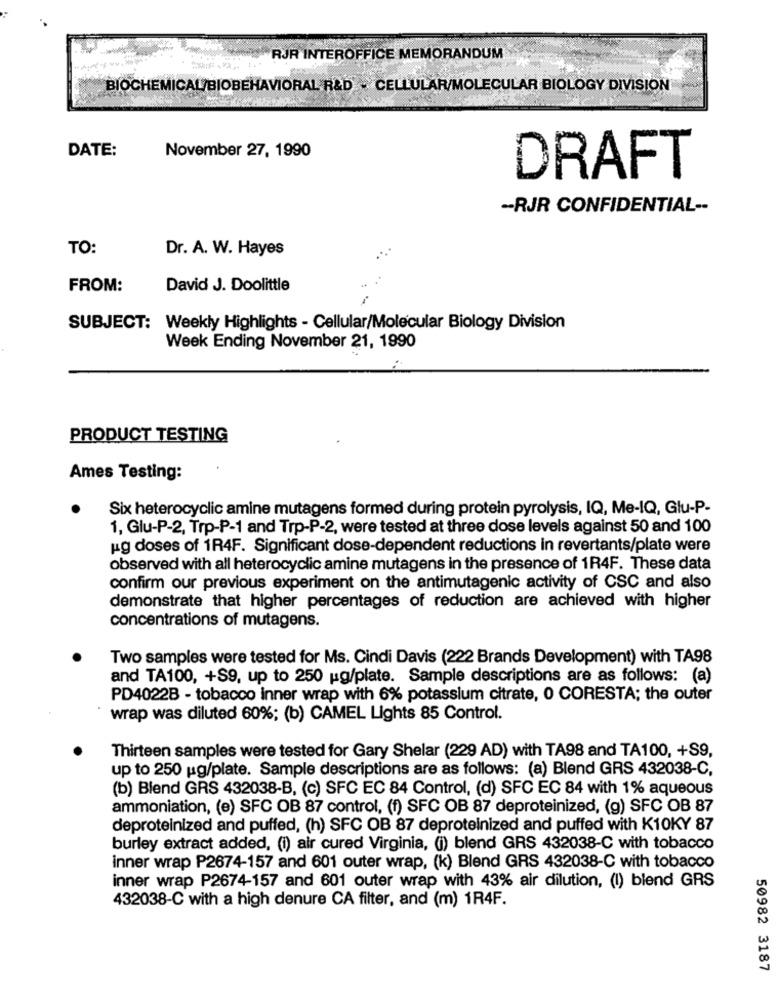
RJR INTEROFFICE MEMORANDUM
BIOCHEMICAL/BIOBEHAVIORAL R&D - CELLULAR/MOLECULAR BIOLOGY DIVISION
DATE:
November 27, 1990
DRAFT
-- RJR CONFIDENTIAL --
TO:
Dr. A. W. Hayes
FROM:
David J. Doolittle
SUBJECT: Weekly Highlights - Cellular/Molecular Biology Division
Week Ending November 21, 1990
PRODUCT TESTING
Ames Testing:
Six heterocyclic amine mutagens formed during protein pyrolysis, IQ, Me-IQ, Glu-P-
1, Glu-P-2, Trp-P-1 and Trp-P-2, were tested at three dose levels against 50 and 100
ug doses of 1R4F. Significant dose-dependent reductions in revertants/plate were
observed with all heterocyclic amine mutagens in the presence of 1R4F. These data
confirm our previous experiment on the antimutagenic activity of CSC and also
demonstrate that higher percentages of reduction are achieved with higher
concentrations of mutagens.
Two samples were tested for Ms. Cindi Davis (222 Brands Development) with TA98
and TA100, +S9, up to 250 ug/plate. Sample descriptions are as follows: (a)
PD4022B - tobacco inner wrap with 6% potassium citrate, 0 CORESTA; the outer
wrap was diluted 60%; (b) CAMEL Lights 85 Control.
Thirteen samples were tested for Gary Shelar (229 AD) with TA98 and TA100, +S9,
up to 250 ug/plate. Sample descriptions are as follows: (a) Blend GRS 432038-C,
(b) Blend GRS 432038-B, (c) SFC EC 84 Control, (d) SFC EC 84 with 1% aqueous
ammoniation, (e) SFC OB 87 control, (1) SFC OB 87 deproteinized, (g) SFC OB 87
deproteinized and puffed, (h) SFC OB 87 deproteinized and puffed with K10KY 87
burley extract added, (i) air cured Virginia, (i) blend GRS 432038-C with tobacco
inner wrap P2674-157 and 601 outer wrap, (k) Blend GRS 432038-C with tobacco
inner wrap P2674-157 and 601 outer wrap with 43% air dilution, (I) blend GRS
432038-C with a high denure CA filter, and (m) 1R4F.
50982 3187